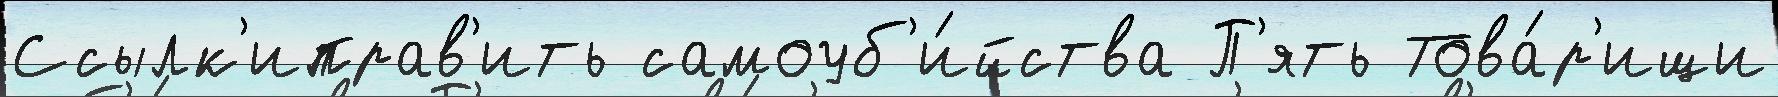
Ссылк'иправ'ить самоуб'и́йства П'ять Това́р'ищи